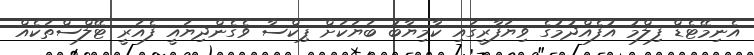
އެނިމޭޓެޑް ފިލްމު އުފެއްދުމުގެ ވިޔަފާރީގައި ކާމިޔާބު ބަޔަކަށް ޕިކްސާ ވެގެންދިޔައީ ފެއަރީ ޓޭލްސްތަކެއް